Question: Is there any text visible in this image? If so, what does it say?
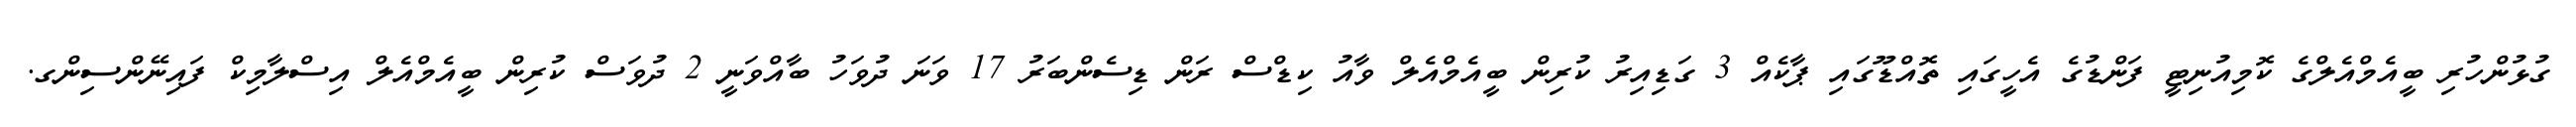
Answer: ގުޅުންހުރި ބީއެމްއެލްގެ ކޮމިއުނިޓީ ފަންޑުގެ އެހީގައި ތޮއްޑޫގައި ޕާކެއް 3 ގަޑިއިރު ކުރިން ބީއެމްއެލް ވާއު ކިޑްސް ރަން ޑިސެންބަރު 17 ވަނަ ދުވަހު ބާއްވަނީ 2 ދުވަސް ކުރިން ބީއެމްއެލް އިސްލާމިކް ފައިނޭންސިންގ.